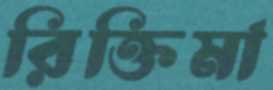
রিক্তিমা